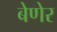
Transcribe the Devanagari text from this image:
बेणेर